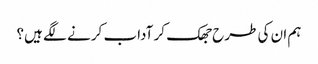
ہم ان کی طرح جھک کر آداب کرنے لگے ہیں؟